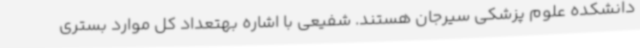
دانشکده علوم پزشکی سیرجان هستند. شفیعی با اشاره بهتعداد کل موارد بستری